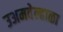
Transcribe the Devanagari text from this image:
उअमवेल्हाळा